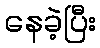
နေခဲ့ပြီး